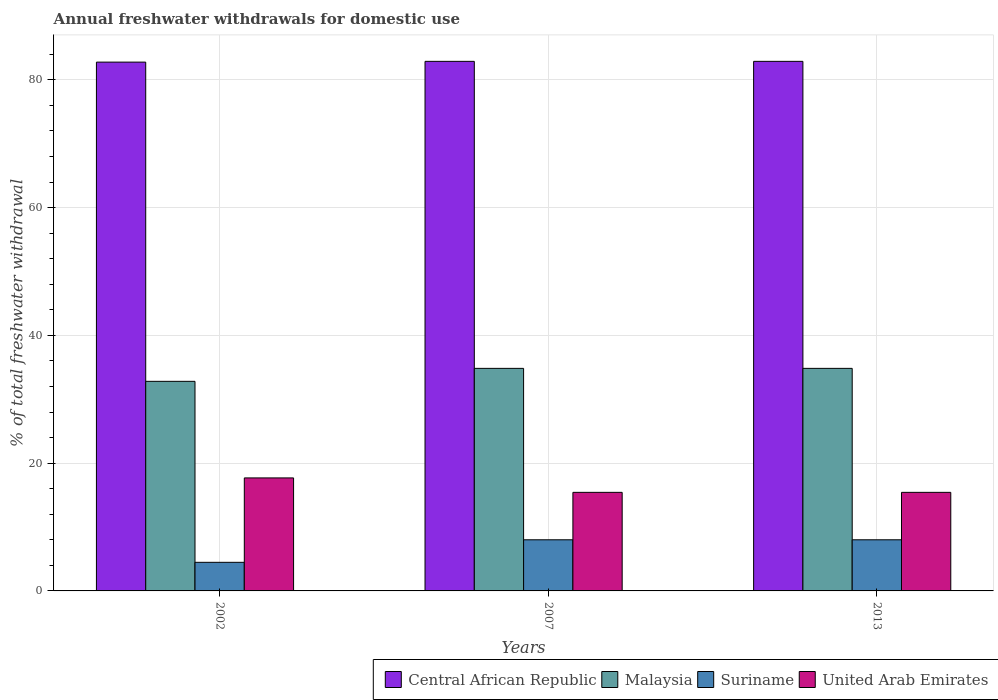
| Years | Central African Republic | Malaysia | Suriname | United Arab Emirates |
 | --- | --- | --- | --- | --- |
 | 2002 | 82.8 | 32.8 | 4.48 | 17.7 |
 | 2007 | 82.9 | 34.8 | 8.01 | 15.4 |
 | 2013 | 82.9 | 34.8 | 8.01 | 15.4 |